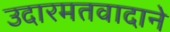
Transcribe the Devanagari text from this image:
उदारमतवादाने